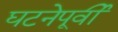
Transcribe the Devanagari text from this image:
घटनेपूर्वी